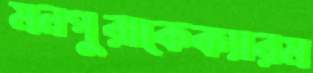
মনপুরাকেক্যারম